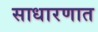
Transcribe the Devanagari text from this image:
साधारणात